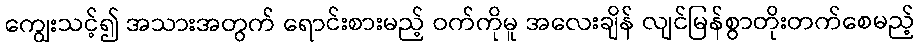
ကျွေးသင့်၍ အသားအတွက် ရောင်းစားမည့် ဝက်ကိုမူ အလေးချိန် လျင်မြန်စွာတိုးတက်စေမည့်